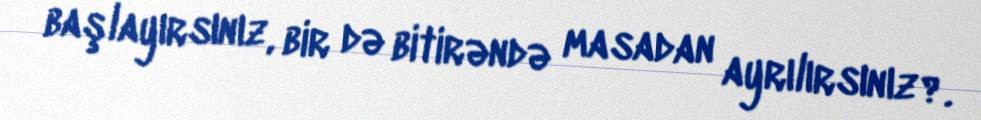
başlayırsınız, bir də bitirəndə masadan ayrılırsınız?.